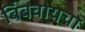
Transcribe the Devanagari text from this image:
बिंबवायचा